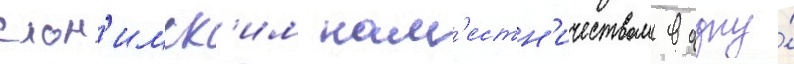
слон'имск'им нам'естн'ичеством в одну́